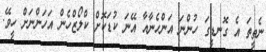
ނެތީތަ އެ ގޮނޑީގަ ހުންނަ އަންހެނާއާ އޭނަ ކުޑަކޮށް ކްލޯޒްހެން އަހަންނަށް ހީވޭ.